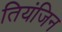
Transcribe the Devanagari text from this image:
तियंजिन